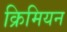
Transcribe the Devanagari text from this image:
क्रिमियन